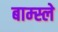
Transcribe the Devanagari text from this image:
बाम्स्ले